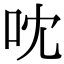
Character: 㕪